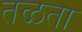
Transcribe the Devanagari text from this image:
तळता